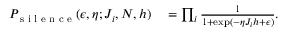
\begin{array} { r l } { P _ { \textrm { s i l e n c e } } ( \epsilon , \eta ; J _ { i } , N , h ) } & { { } = \prod _ { i } \frac { 1 } { 1 + \exp ( - \eta J _ { i } h + \epsilon ) } . } \end{array}